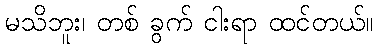
မသိဘူး၊ တစ် ခွက် ငါးရာ ထင်တယ်။